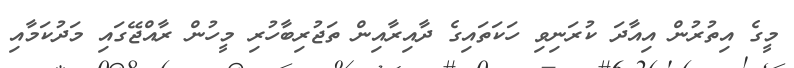
މީގެ އިތުރުން އިއާދަ ކުރަނިވި ހަކަތައިގެ ދާއިރާއިން ތަޖުރިބާހުރި މީހުން ރާއްޖޭގައި މަދުކަމާއި